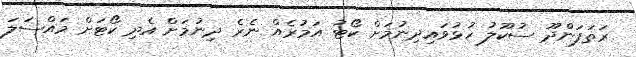
ރަތަފަންދޫ ސުކޫލު ހުޅުވައިދިނުމަށް ކޯޓު އަމުރެއް ނެރެ ދިނުމަށް އެދި ކޯޓަށް މައްސަލަ